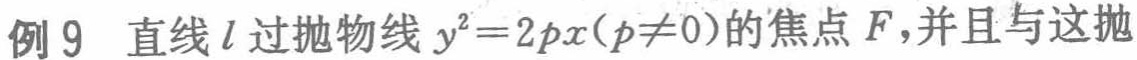
例 9 直线 \(l\) 过抛物线 \(y^{2}=2px(p\neq0)\) 的焦点 \(F\)，并且与这抛